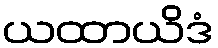
ယထာယိဒံ